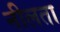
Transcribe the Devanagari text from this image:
नीलता